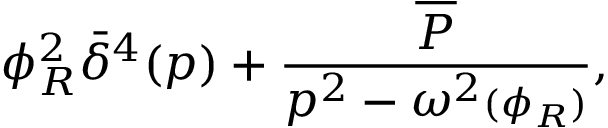
\phi _ { R } ^ { 2 } \bar { \delta } ^ { 4 } ( p ) + { \frac { \overline { { { { \cal P } } } } } { p ^ { 2 } - \omega ^ { 2 } { \scriptstyle ( \phi _ { R } ) } } } ,